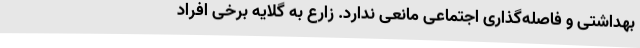
بهداشتی و فاصله‌گذاری اجتماعی مانعی ندارد. زارع به گلایه برخی افراد